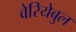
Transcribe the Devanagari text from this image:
वेरियेबुल